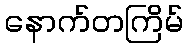
နောက်တကြိမ်